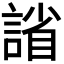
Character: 𫍂